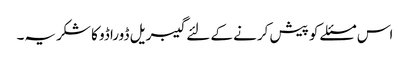
اس مسئلے کو پیش کرنے کے لئے گیبریل ڈوراڈو کا شکریہ۔